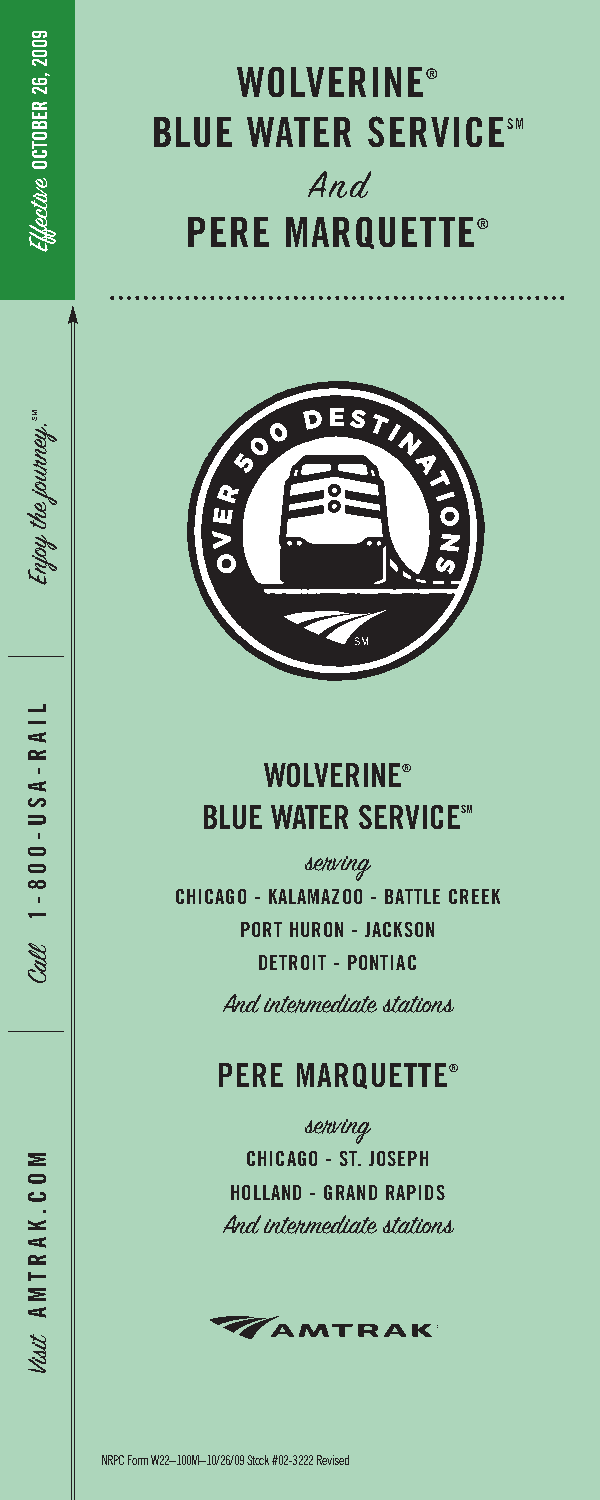
WOLVERINE®
 BLUE  WATER   SERVICESM
 And
 PERE   MARQUETTE®
 WOLVERINE®
 BLUE WATER SERVICESM
 serving
 CHICAGO - KALAMAZOO - BATTLE CREEK
 PORT HURON - JACKSON
 DETROIT - PONTIAC
 And intermediate stations
 PERE  MARQUETTE®
 serving
 CHICAGO - ST. JOSEPH
 HOLLAND - GRAND RAPIDS
 And intermediate stations
 NRPC Form W22–100M–10/26/09 Stock #02-3222 Revised
 9002
 ,62
 REBOTCO
 evitceffE
 MS.yenruoj
 eht
 yojnE
 LIAR-ASU-008-1
 llaC
 MOC.KARTMA
 tisiV